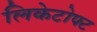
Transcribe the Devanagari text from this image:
लिकेटोफ्ट